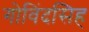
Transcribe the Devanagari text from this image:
गोविंदसिह